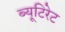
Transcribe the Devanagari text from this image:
ब्यूटिरेट